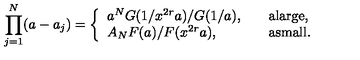
\prod _ { j = 1 } ^ { N } ( a - a _ { j } ) = \left\{ \begin{array} { l l } { a ^ { N } G ( 1 / x ^ { 2 r } a ) / G ( 1 / a ) , } & { \quad \mathrm { a l a r g e } , } \\ { A _ { N } F ( a ) / F ( x ^ { 2 r } a ) , } & { \quad \mathrm { a s m a l l } . } \\ \end{array} \right.